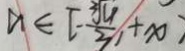
a \in [ - \frac { 3 \sqrt { 4 } } { 3 } , + x )